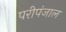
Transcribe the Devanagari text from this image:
परीपंजाल